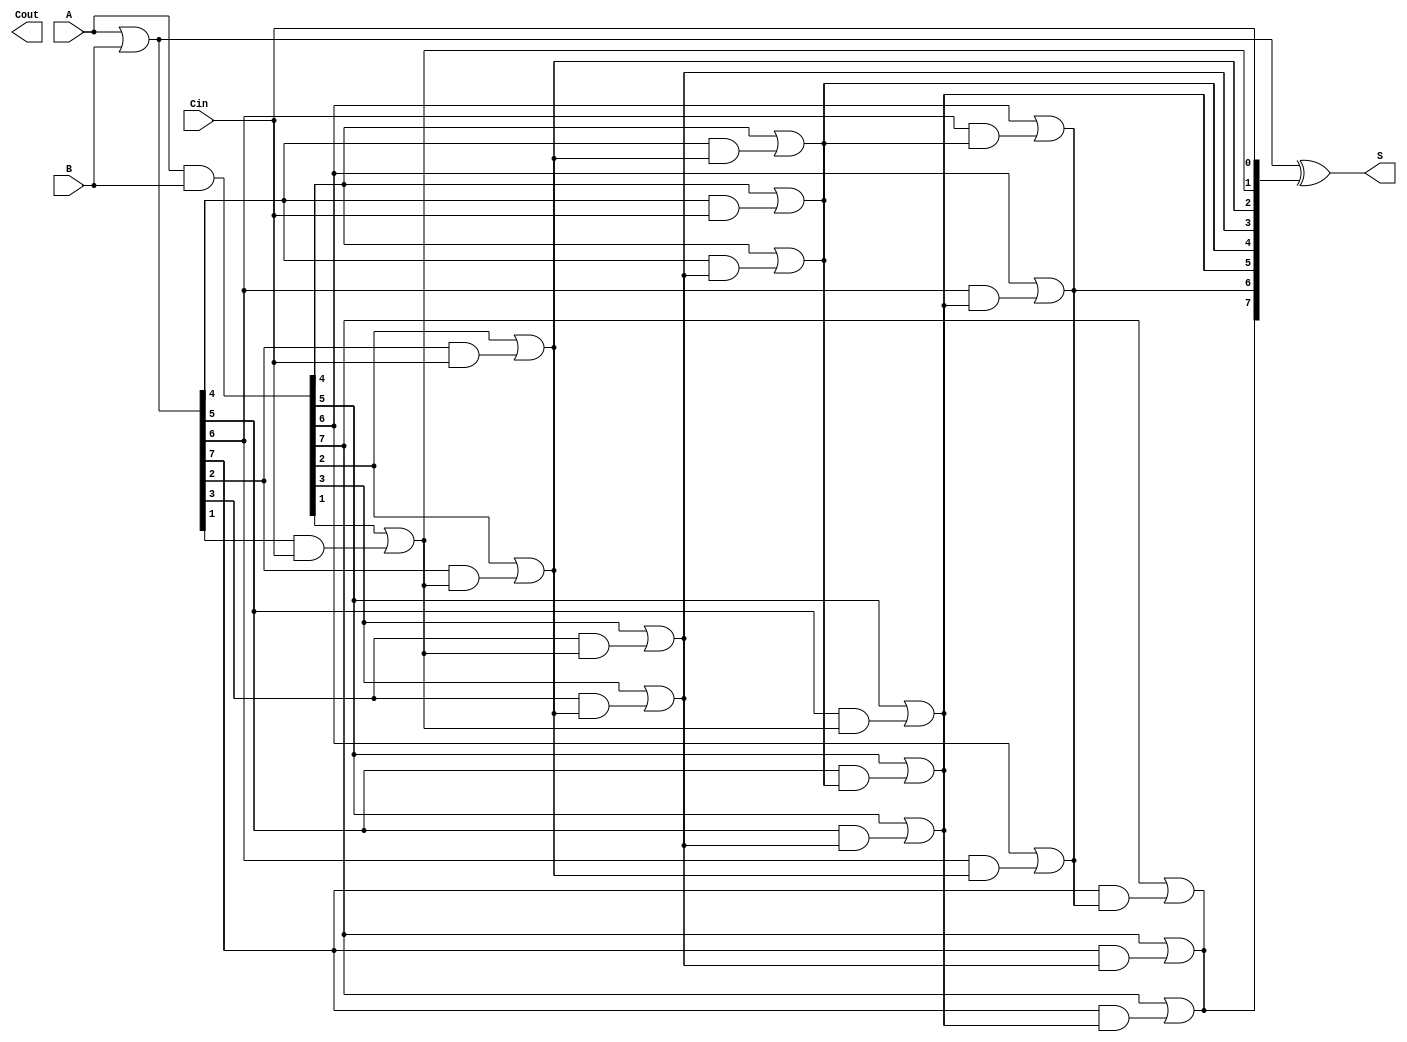
module brent_kung_adder #(parameter n = 8) (
    input  [n-1:0] A,      // First n-bit input
    input  [n-1:0] B,      // Second n-bit input
    input          Cin,     // Carry-in
    output [n-1:0] S,      // n-bit sum output
    output         Cout     // Carry-out
);

    // Generate and Propagate signals
    wire [n-1:0] G; // Generate signals
    wire [n-1:0] P; // Propagate signals
    wire [n:0] C;   // Carry signals

    assign G = A & B; // Generate
    assign P = A | B; // Propagate
    assign C[0] = Cin; // Initial carry-in

    // Carry computation using Brent-Kung structure
    genvar i, j, l;
    generate
        // Levels of carry computation
        for (l = 0; l < $clog2(n); l = l + 1) begin : level
            for (i = 0; i < n; i = i + 1) begin : carry
                if (i >= (1 << l)) begin
                    assign C[i] = G[i] | (P[i] & C[i - (1 << l)]);
                end else begin
                    assign C[i] = C[i]; // Carry remains the same for lower indices
                end
            end
        end
    endgenerate

    // Sum calculation
    assign S = P ^ C[n-1:0]; // Sum bits
    assign Cout = C[n];      // Final carry-out

endmodule